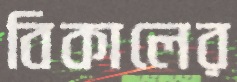
বিকালের